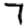
Digit: 7